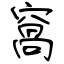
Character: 窩